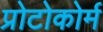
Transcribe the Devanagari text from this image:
प्रोटोकोर्म